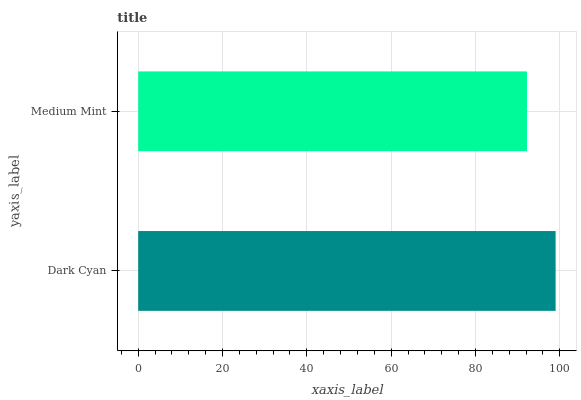
| yaxis_label | bars |
 | --- | --- |
 | Dark Cyan | 99 |
 | Medium Mint | 92.2 |